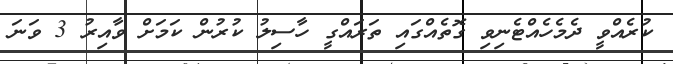
ކުރެއްވީ ދެމެހެއްޓެނިވި ގޮތެއްގައި ތަރައްގީ ހާސިލު ކުރުން ކަމަށް ވާއިރު 3 ވަނަ